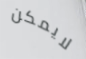
لايمكن